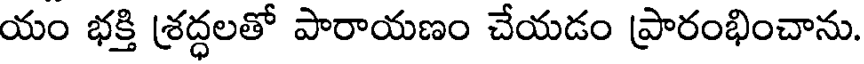
యం భక్తి శ్రద్ధలతో పారాయణం చేయడం ప్రారంభించాను.